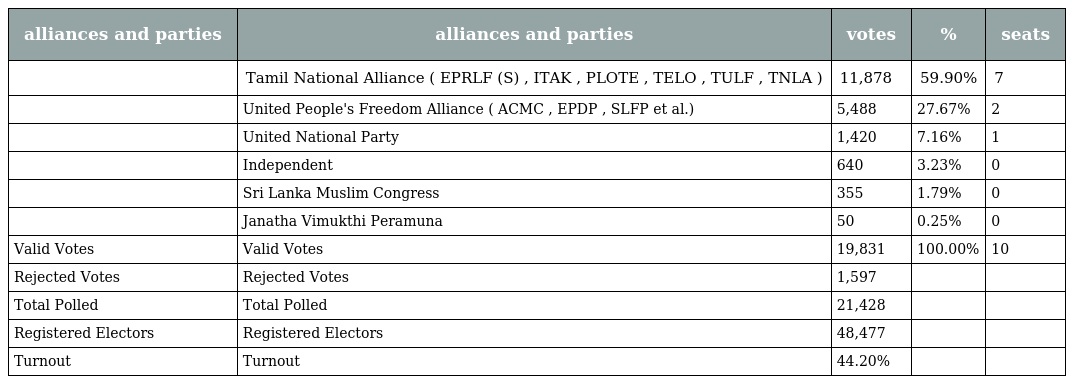
| alliances and parties | alliances and parties | votes | % | seats |
 | --- | --- | --- | --- | --- |
 |  | Tamil National Alliance ( EPRLF (S) , ITAK , PLOTE , TELO , TULF , TNLA ) | 11,878 | 59.90% | 7 |
 |  | United People's Freedom Alliance ( ACMC , EPDP , SLFP et al.) | 5,488 | 27.67% | 2 |
 |  | United National Party | 1,420 | 7.16% | 1 |
 |  | Independent | 640 | 3.23% | 0 |
 |  | Sri Lanka Muslim Congress | 355 | 1.79% | 0 |
 |  | Janatha Vimukthi Peramuna | 50 | 0.25% | 0 |
 | Valid Votes | Valid Votes | 19,831 | 100.00% | 10 |
 | Rejected Votes | Rejected Votes | 1,597 |  |  |
 | Total Polled | Total Polled | 21,428 |  |  |
 | Registered Electors | Registered Electors | 48,477 |  |  |
 | Turnout | Turnout | 44.20% |  |  |